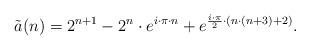
LaTeX: \begin{align*} \tilde{a}(n)=2^{n+1}-2^n \cdot e^{i \cdot \pi \cdot n}+e^{\frac{i \cdot \pi}{2} \cdot (n \cdot (n+3)+2)}.\end{align*}